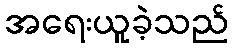
အရေးယူခဲ့သည်